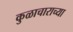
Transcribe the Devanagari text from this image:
कुळाचाराच्या